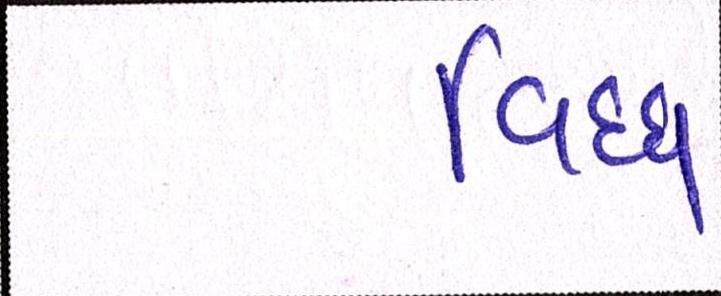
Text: વિઘ્ધ